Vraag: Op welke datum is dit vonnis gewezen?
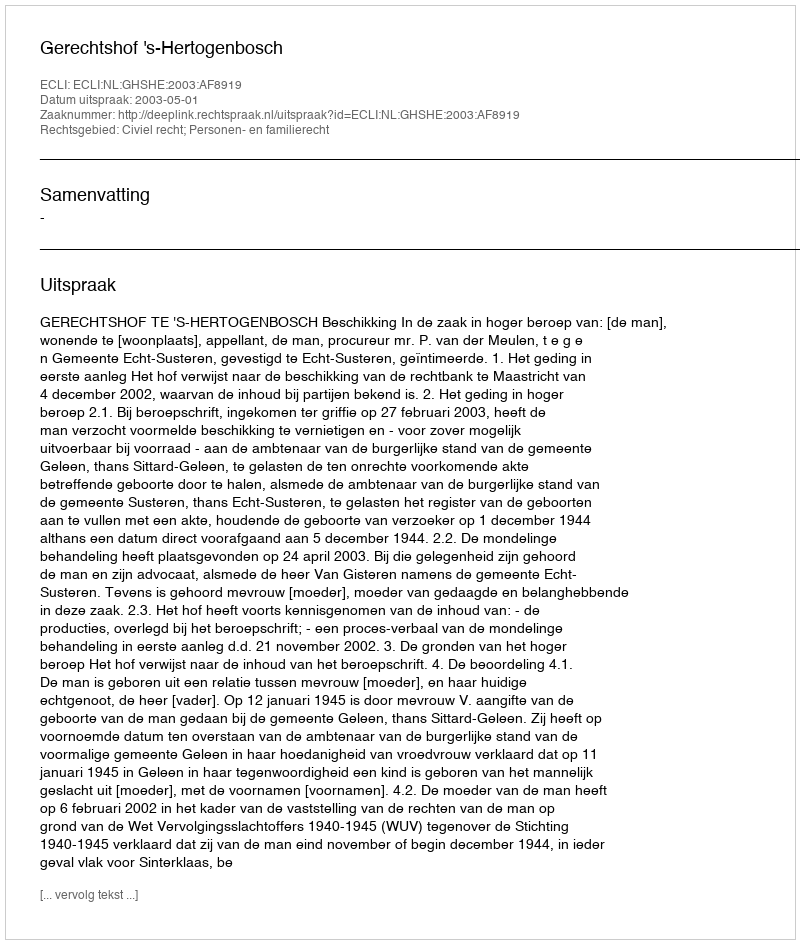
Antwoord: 2003-05-01